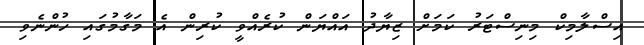
އިސްލާމިކް މިނިސްޓަރު ކަމަށް ޒިޔާދު އައްޔަން ކުރެއްވީ ކުރިން އެ މަގާމުގައި ހުންނެވި